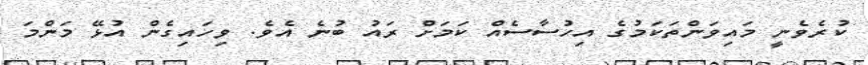
ކުރެވެނީ މައިވަންތަކަމުގެ އިހުސާސެއް ކަމަށް ރައު ބުނެ އެވެ. ވިހައިގެން އުޅޭ މަަންމަ